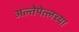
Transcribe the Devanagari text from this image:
अल्तेपेत्लच्या